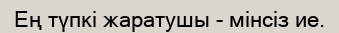
Ең түпкі жаратушы - мінсіз ие.